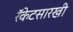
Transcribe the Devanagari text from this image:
रॅकेटसारखी